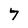
Character: 7